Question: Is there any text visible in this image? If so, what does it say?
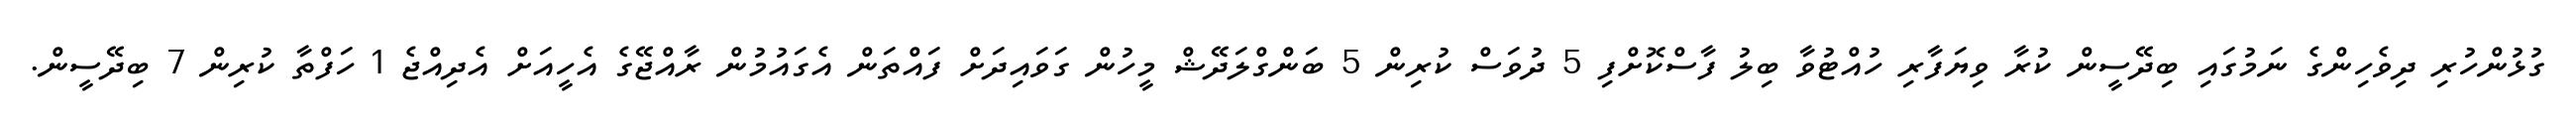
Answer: ގުޅުންހުރި ދިވެހިންގެ ނަމުގައި ބިދޭސީން ކުރާ ވިޔަފާރި ހުއްޓުވާ ބިލު ފާސްކޮށްފި 5 ދުވަސް ކުރިން 5 ބަންގްލަދޭޝް މީހުން ގަވައިދަށް ފައްތަން އެގައުމުން ރާއްޖޭގެ އެހީއަށް އެދިއްޖެ 1 ހަފްތާ ކުރިން 7 ބިދޭސީން.